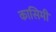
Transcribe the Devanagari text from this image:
कासिमी